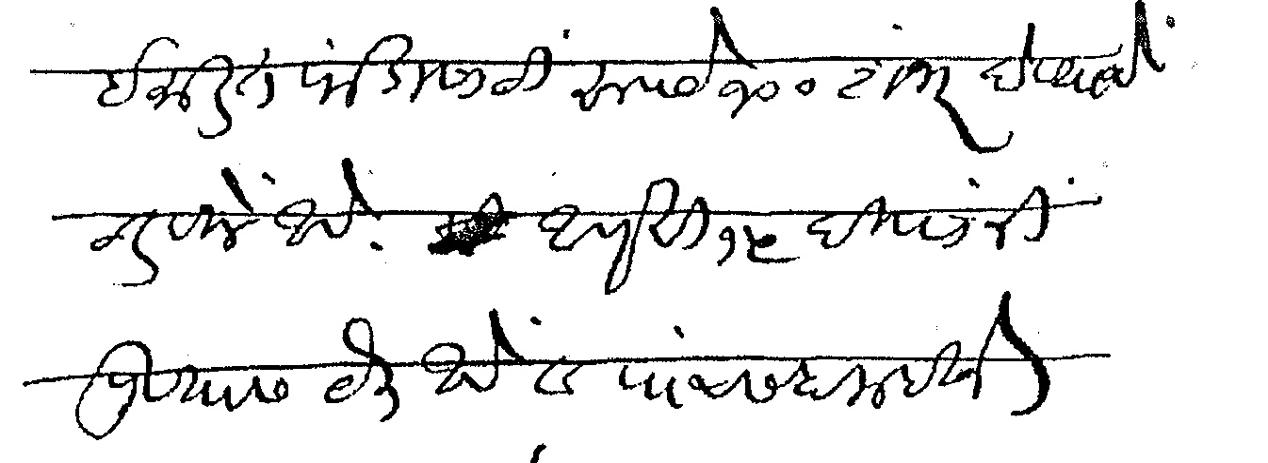
Transliteration (Devanagari): इमारत फंडासाठी रुपये १०० शंभर देण्याचे ठरविले आहे आणखी १५ दिवसांनी पुण्यास येत आहे व पाच सहा महिने